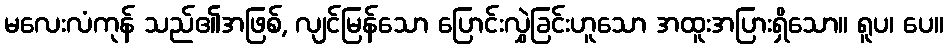
မလေးလံကုန် သည်၏အဖြစ်, လျင်မြန်သော ပြောင်းလွှဲခြင်းဟူသော အထူးအပြားရှိသော။ ရူပ၊ ပေ။